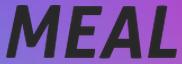
MEAL